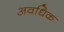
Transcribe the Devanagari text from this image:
अवधिक